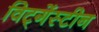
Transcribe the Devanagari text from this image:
विट्गेंस्टीन